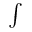
\scriptstyle \int